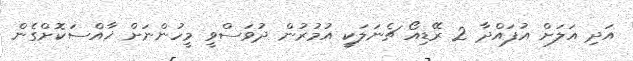
އަދި އަލަށް އުފައްދާ 2 ރޭޑިއޯ ޗެނަލަކީ އުމުރުން ދުވަސްވީ މީހުންނަށް ޚާއްސަކޮށްގެން